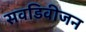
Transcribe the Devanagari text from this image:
सवडिवीजन